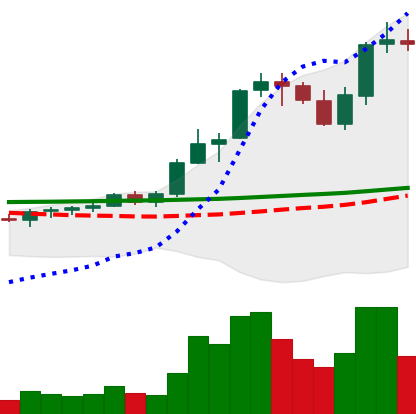
Ticker: ADA-USD
Chart end date: 2021-08-21
Forward return: 4.11%
Label: up_3_5